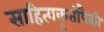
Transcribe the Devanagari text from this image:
साहित्यकृतींपैकी